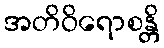
အတိဝိရောစန္တိ